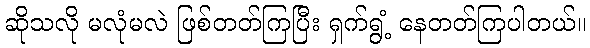
ဆိုသလို မလုံမလဲ ဖြစ်တတ်ကြပြီး ရှက်ရွံ့ နေတတ်ကြပါတယ်။